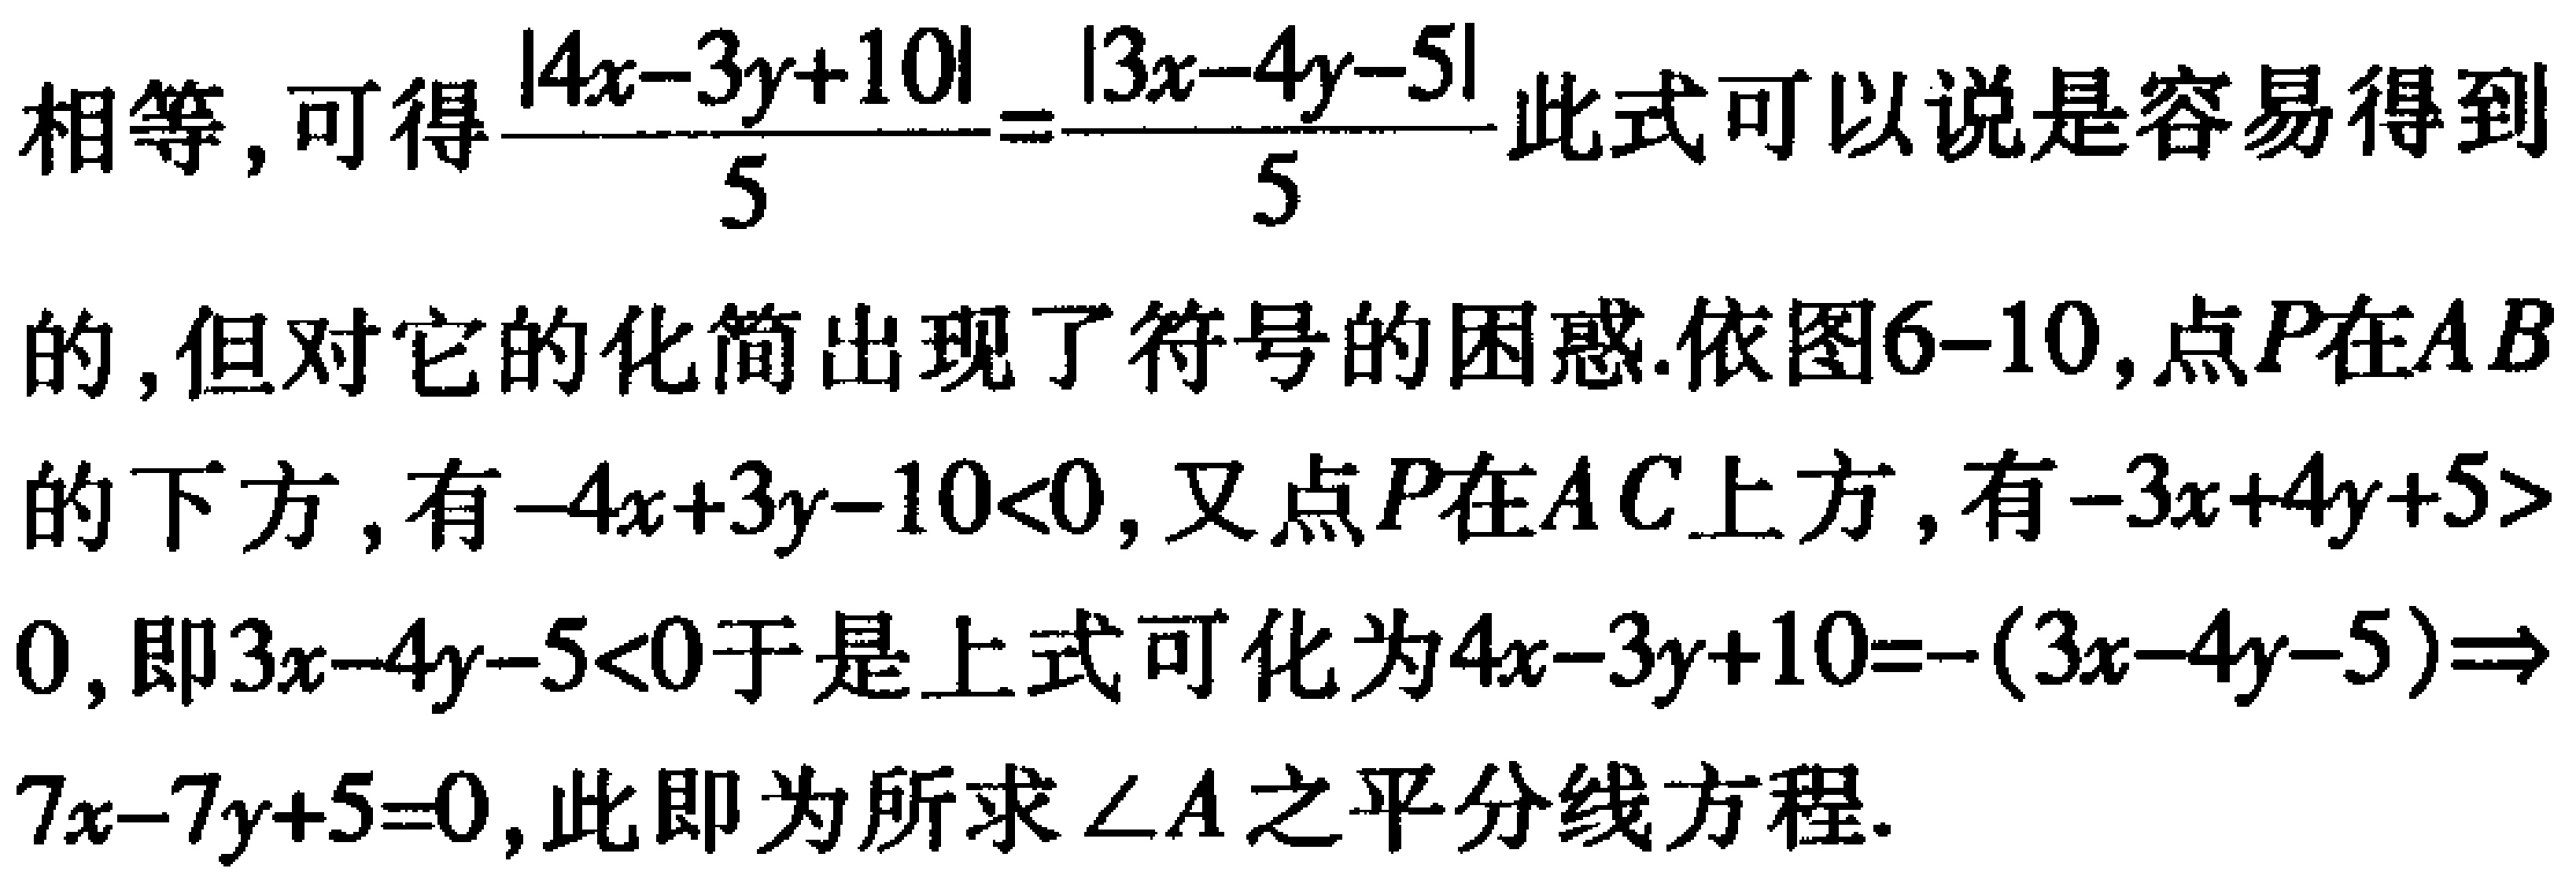
相等, 可得$\frac{|4x - 3y + 10|}{5}=\frac{|3x - 4y - 5|}{5}$此式可以说是容易得到的, 但对它的化简出现了符号的困惑. 依图6 - 10, 点$P$在$AB$的下方, 有$-4x + 3y - 10<0$, 又点$P$在$AC$上方, 有$-3x + 4y + 5>0$, 即$3x - 4y - 5<0$于是上式可化为$4x - 3y + 10=-(3x - 4y - 5)\Rightarrow7x - 7y + 5 = 0$, 此即为所求$\angle A$之平分线方程.